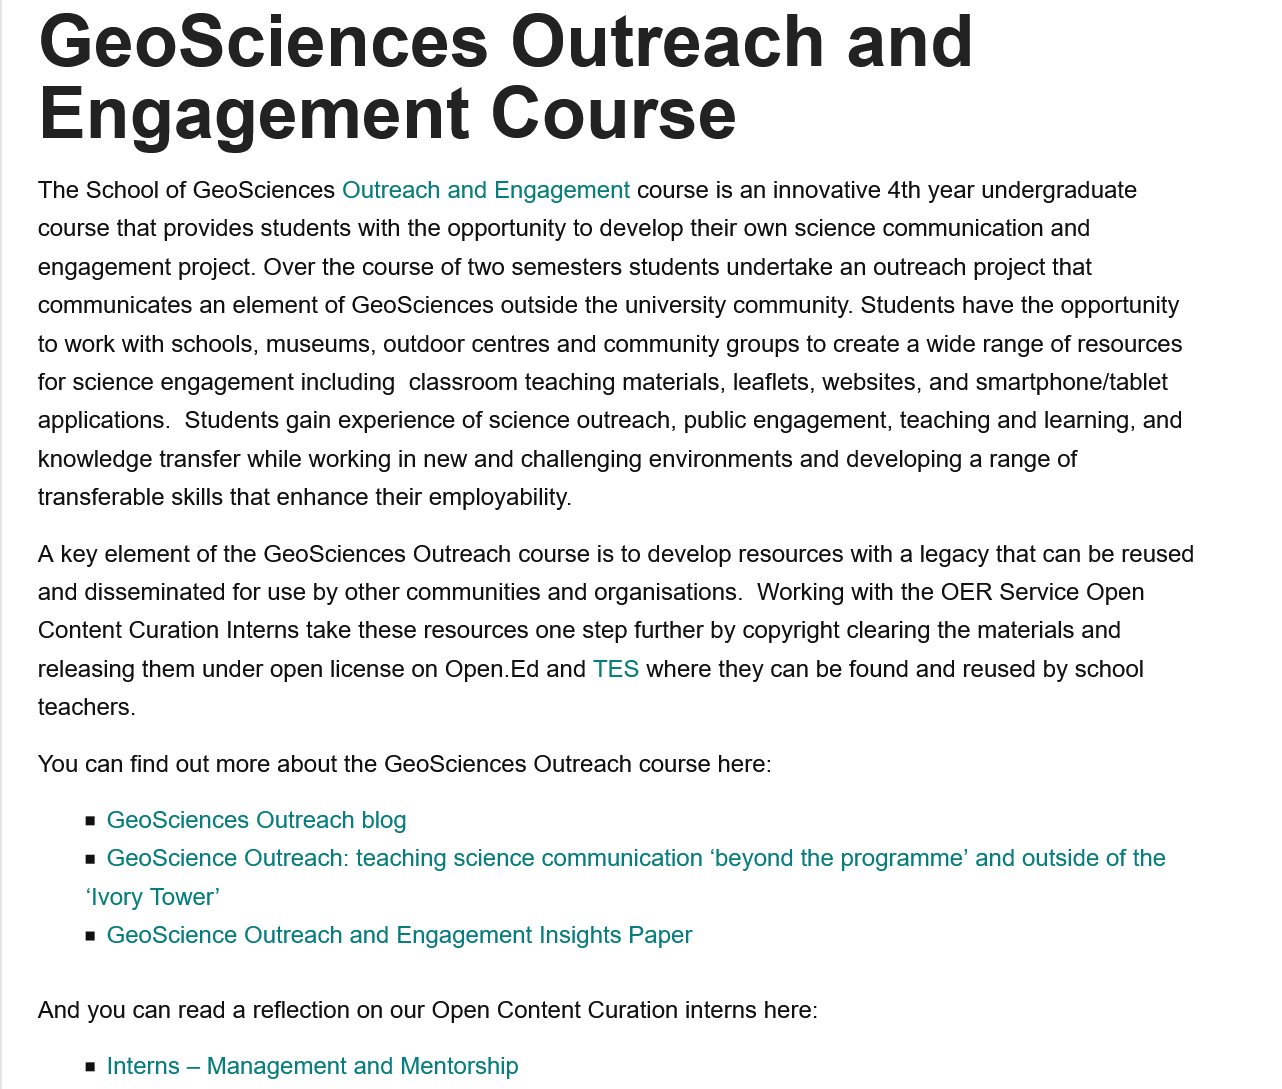
GeoSciences    Outreach    and
    Engagement    Course
    The School of GeoSciences Outreach and Engagement course is an innovative 4th year undergraduate
    course that provides students with the opportunity to develop their own science communication and
    engagement project. Over the course of two semesters students undertake an outreach project that
    communicates an element of GeoSciences outside the university community. Students have the opportunity
    to work with schools, museums, outdoor centres and community groups to create a wide range of resources
    for science engagement including classroom teaching materials, leaflets, websites, and smartphone/tablet
    applications. Students gain experience of science outreach, public engagement, teaching and learning, and
    knowledge transfer while working in new and challenging environments and developing a range of
    transferable skills that enhance their employability.
    A key element of the GeoSciences Outreach course is to develop resources with a legacy that can be reused
    and disseminated for use by other communities and organisations. Working with the OER Service Open
    Content Curation Interns take these resources one step further by copyright clearing the materials and
    releasing them under open license on Open.Ed and TES where they can be found and reused by school
    teachers.
    You can find out more about the GeoSciences Outreach course here:
     = GeoSciences Outreach blog
     = GeoScience Outreach: teaching science communication ‘beyond the programme’ and outside of the
     ‘Ivory Tower’
     = GeoScience Outreach and Engagement Insights Paper
    And you can read a reflection on our Open Content Curation interns here:
     = Interns
     — Management and  Mentorship